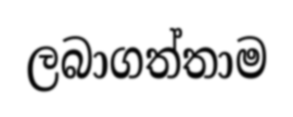
ලබාගත්තාම